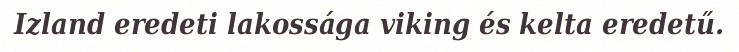
Izland eredeti lakossága viking és kelta eredetű.